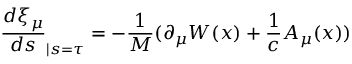
\frac { d \xi _ { \mu } } { d s } _ { | s = \tau } = - \frac { 1 } { M } ( \partial _ { \mu } W ( x ) + \frac { 1 } { c } A _ { \mu } ( x ) )